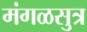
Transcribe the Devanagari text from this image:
मंगळसुत्र